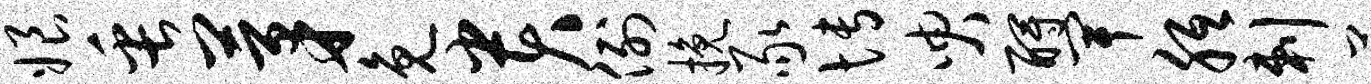
娘缶茅免贵例挽豕博臾酹卑胝剌萝